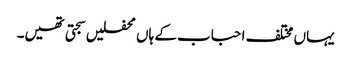
یہاں مختلف احباب کے ہاں محفلیں سجتی تھیں۔